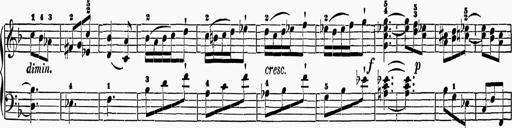
Title: 6 Sonatas
Composer: Muzio Clementi